Annual report on the Civil Veterinary Department, Burma (including the Insein Veterinary School) - 1910-1922
Year: 1910
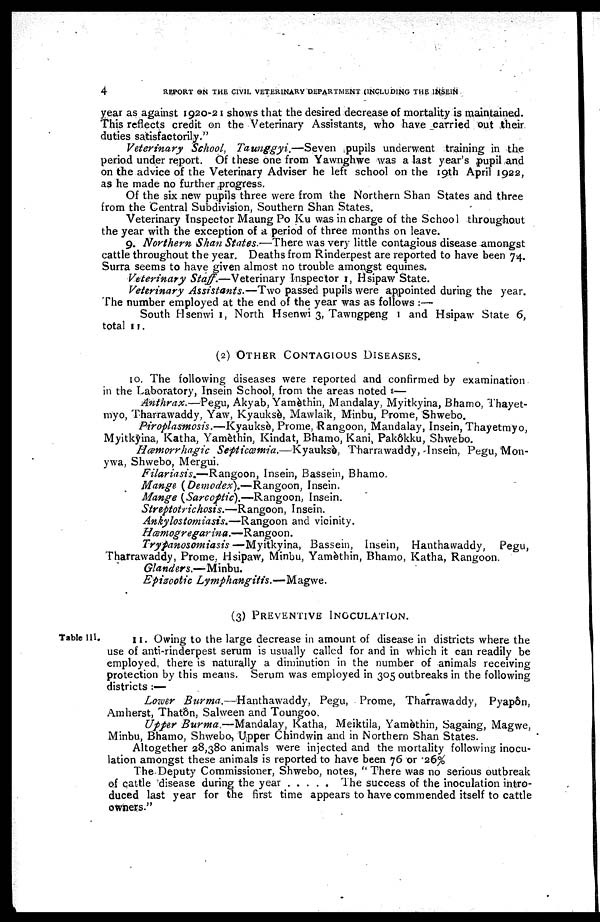
4
REPORT ON THE CIVIL VETERINARY DEPARTMENT (INCLUDING THE INSEIN
year as against 1920-21 shows that the desired decrease of mortality is maintained.
This reflects credit on the Veterinary Assistants, who have carried out their
duties satisfactorily."
Veterinary School, Taunggyi.—Seven
pupils underwent training in the
period under report. Of these one from Yawnghwe was a last year's pupil and
on the advice of the Veterinary Adviser he left school on the 19th April 1922,
as he made no further progress.
Of the six new pupils three were from the Northern Shan States and three
from the Central Subdivision, Southern Shan States.
Veterinary Inspector Maung Po Ku was in charge of the School throughout
the year with the exception of a period of three months on leave.
9. Northern Shan States.—There was ver) little contagious disease amongst
cattle throughout the year. Deaths from Rinderpest are reported to have been 74.
Surra seems to have given almost no trouble amongst equines.
Veterinary Staff.—Veterinary Inspector 1, Hsipaw State.
Veterinary Assistants.—Two passed pupils were appointed during the year.
The number employed at the end of the year was as follows :—
South Hsenwi 1, North Hsenwi 3, Tawngpeng 1 and Hsipaw State 6,
total 11.
(2) OTHER CONTAGIOUS DISEASES.
10. The following diseases were reported and confirmed by examination
in the Laboratory, Insein School, from the areas noted :—
Anthrax.—Pegu, Akyab, Yamèthin, Mandalay, Myitkyina, Bhamo, Thayet-
m'yo, Tharrawaddy, Yaw, Kyauksè, Mawlaik, Minbu, Prome, Shwebo.
Piroplasmosis.—Kyauksè, Prome, Rangoon, Mandalay, Insein, Thayetmyo,
Myitkyina, Katha, Yamèthin, Kindat, Bhamo, Kani, Pakôkku, Shwebo.
Hæmorrhagic Septicæmia.—Kyauks&, Tharrawaddy, Insein, Pegu, Mon-
ywa, Shwebo, Mergui.
Filariasis.—Rangoon, Insein, Bassein, Bhamo.
Mange (Demodex).—Rangoon, Insein.
Mange (Sarcoptic).—Rangoon, Insein.
Streptotrichosis.—Rangoon, Insein.
Ankylostomiasis.—Rangoon and vicinity.
Hæmogregarina.—Rangoon.
Trypanosomiasis —Myitkyina, Bassein, Insein, Hanthawaddy, Pegu,
Tharrawaddy, Prome, Hsipaw, Minbu, Yamèthin, Bhamo, Katha, Rangoon.
Glanders.—Minbu.
Epizootic
Lymphangitis.—Magwe.
(3) PREVENTIVE INOCULATION.
Table III.
11. Owing to the large decrease in amount of disease in districts where the
use of anti-rinderpest serum is usually called for and in which it can readily be
employed, there is naturally a diminution in the number of animals receiving
protection by this means. Serum was employed in 305 outbreaks in the following
districts :—
Lower Burma.—Hanthawaddy,
Pegu, Prome, Tharrawaddy, Pyapôn,
Amherst, Thatôn, Salween and Toungoo.
Upper Burma —Mandalay, Katha, Meiktila, Yamèthin, Sagaing, Magwe,
Minbu, Bhamo, Shwebo, Upper Chindwin and in Northern Shan States.
Altogether 28,380 animals were injected and the mortality following inocu-
lation amongst these animals is reported to have been 76 or 26%
The Deputy Commissioner, Shwebo, notes, " There was no serious outbreak
of cattle disease during the year
The success of the inoculation intro-
duced last year for the first time appears to have commended itself to cattle
owners."